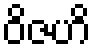
ဝိဇဟိ